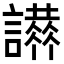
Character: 𧭪